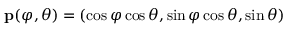
{ \bf p } ( \varphi , \theta ) = ( \cos \varphi \cos \theta , \sin \varphi \cos \theta , \sin \theta )